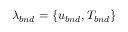
\lambda _ { b n d } = \{ u _ { b n d } , T _ { b n d } \}